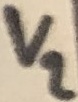
Text: V2